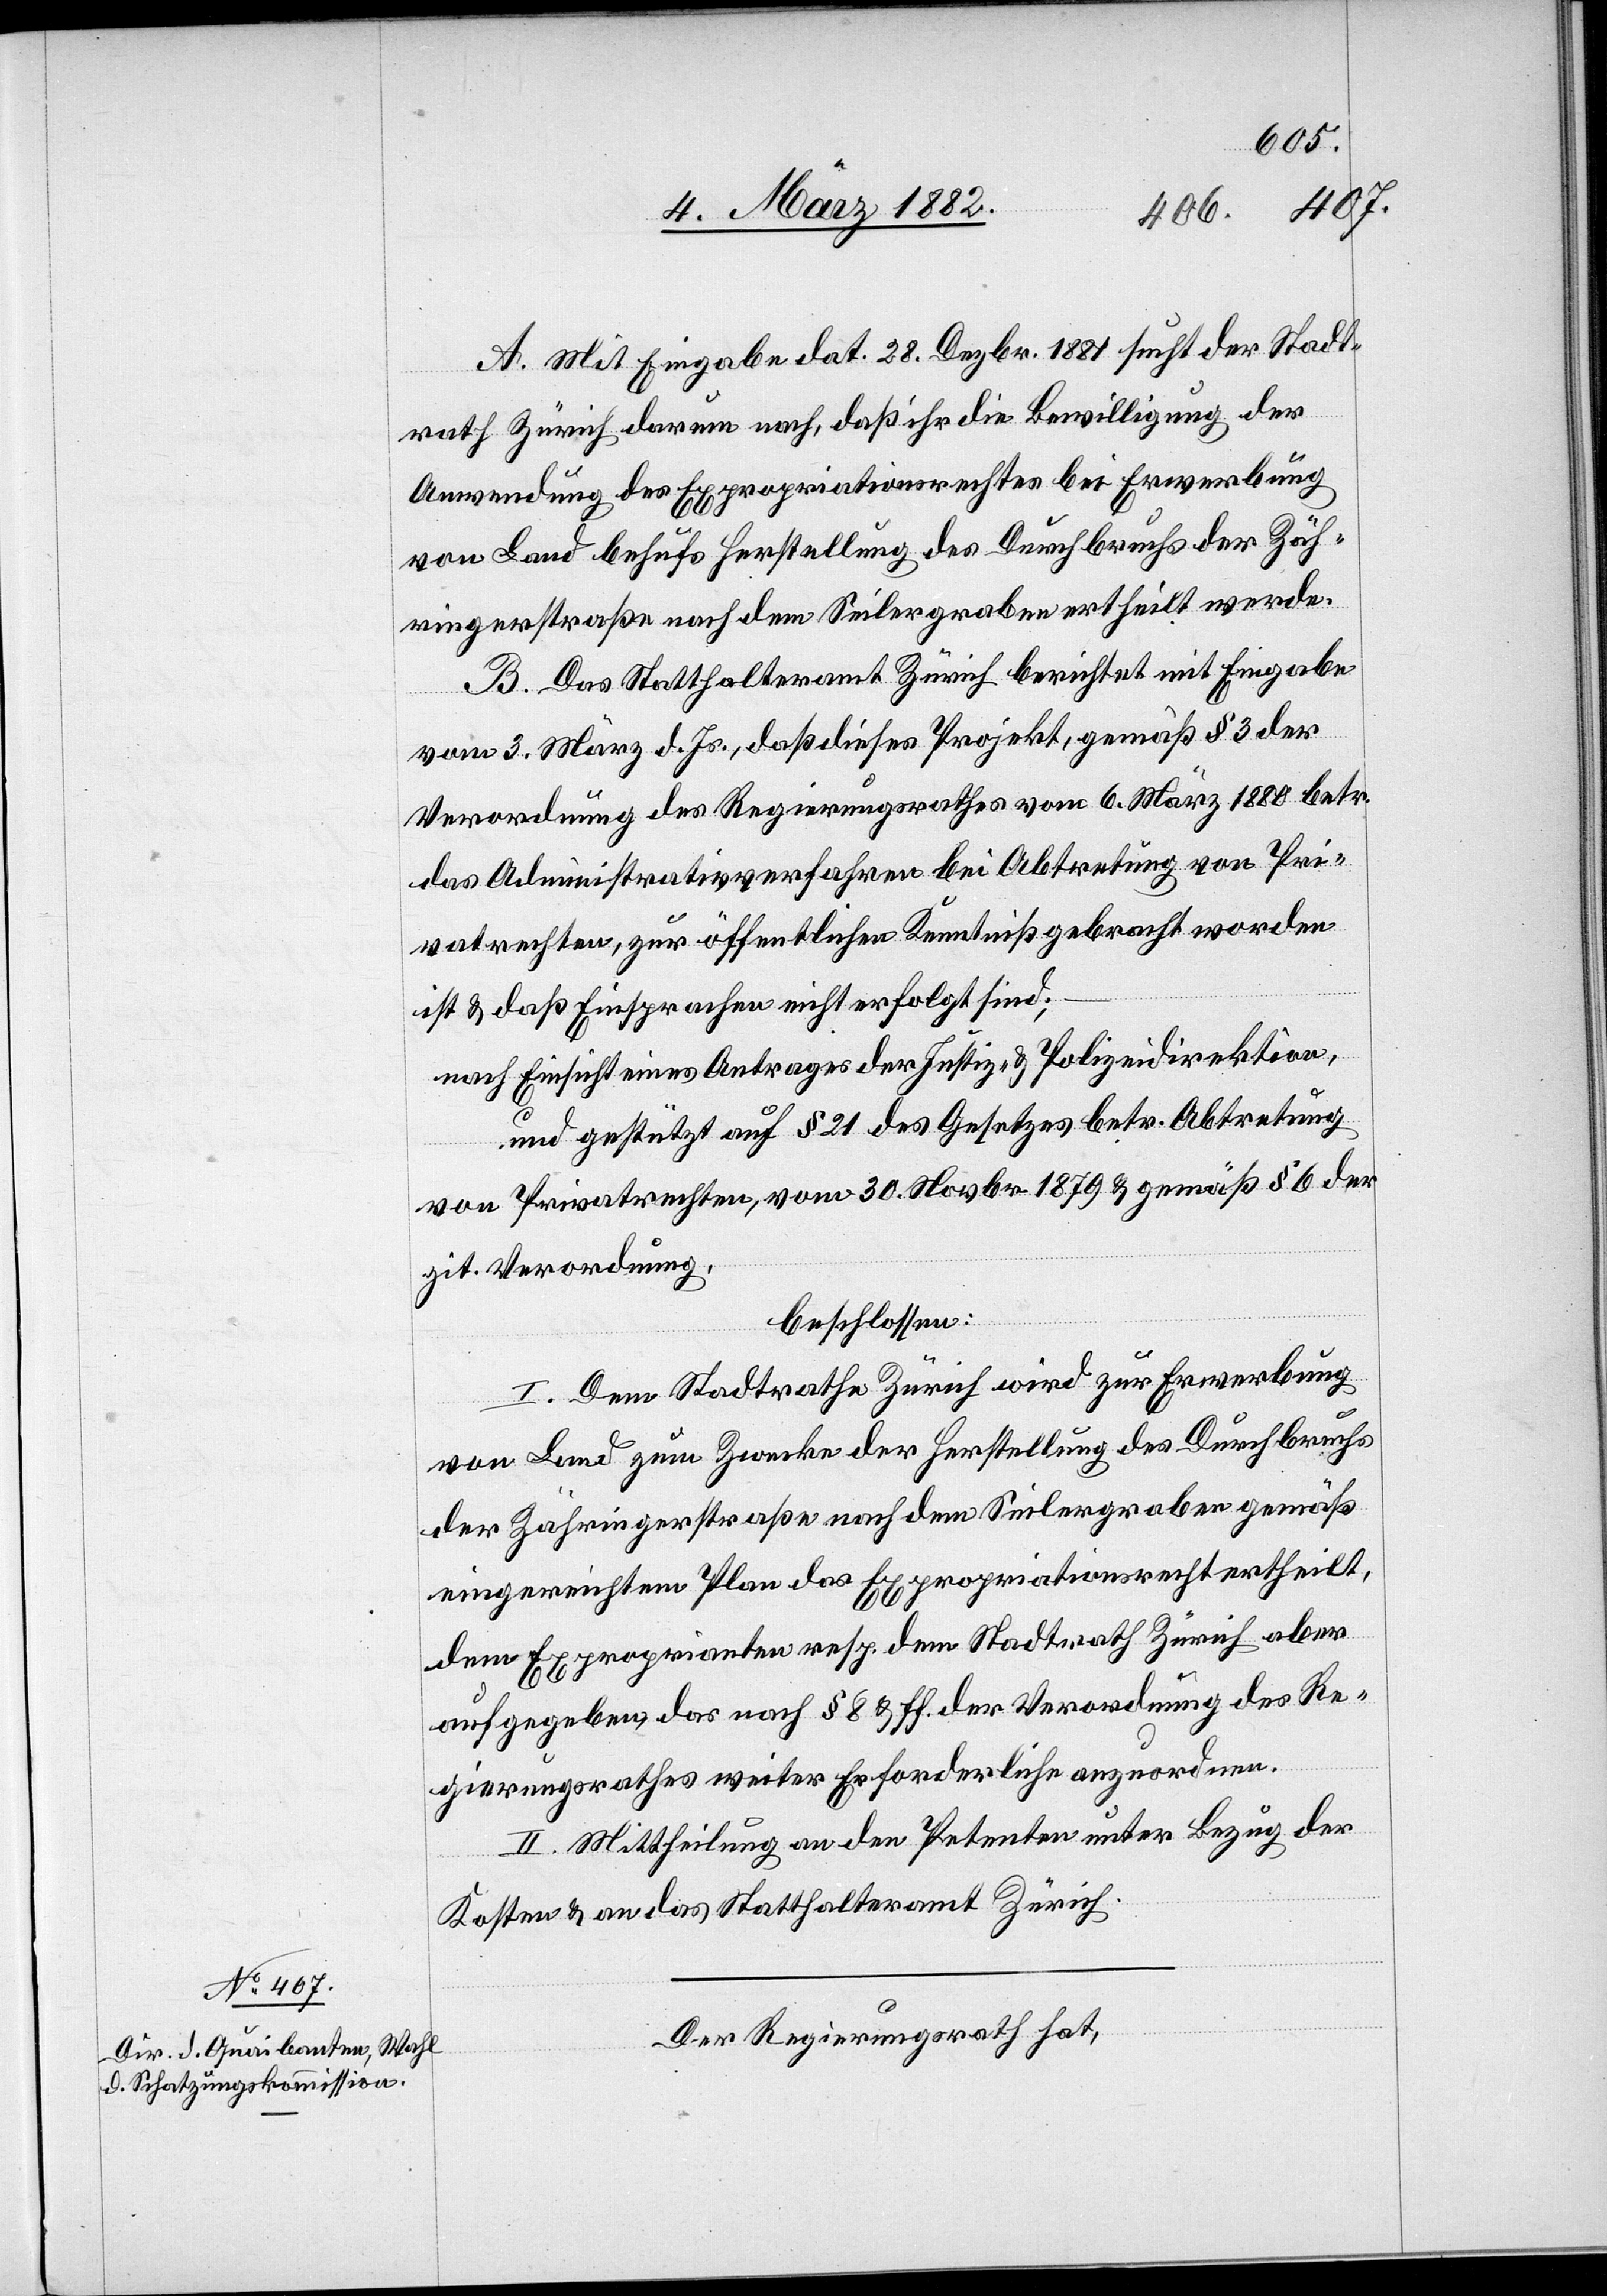
A. Mit Eingabe dat. 28. Dezbr. 1881 sucht der Stadt¬
rath Zürich darum nach, daß ihr die Bewilligung der
Anwendung des Expropriationsrechtes bei Erwerbung
von Land behufs Herstellung des Durchbruches der Zäh¬
ringerstraße nach dem Seilergraben ertheilt werde.
B. Das Statthalteramt Zürich berichtet mit Eingabe
vom 3. März d. Js., daß dieses Projekt, gemäß § 3 der
Verordnung des Regierungsrathes vom 6. März 1880 betr.
das Administrativverfahren bei Abtretung von Pri¬
vatrechten, zur öffentlichen Kenntniß gebracht worden
ist & daß Einsprachen nicht erfolgt sind;
nach Einsicht eines Antrages der Justiz- & Polizeidirektion,
und gestützt auf § 21 des Gesetzes betr. Abtretung
von Privatrechten, vom 30. Novbr. 1879 & gemäß § 6 der
zit. Verordnung,
beschlossen:
I. Dem Stadtrathe Zürich wird zur Erwerbung
von Land zum Zwecke der Herstellung des Durchbruchs
der Zähringerstraße nach dem Seilergraben gemäß
eingereichtem Plan das Expropriationsrecht ertheilt,
dem Exproprianten resp. dem Stadtrath Zürich aber
aufgegeben, das nach § 8 & ff. der Verordnung des Re¬
gierungsrathes weiter Erforderliche anzuordnen.
II. Mittheilung an den Petenten unter Bezug der
Kosten & an das Statthalteramt Zürich.
Der Regierungsrath hat,